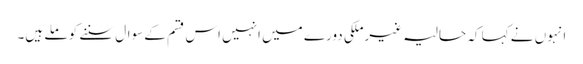
انہوں نے کہا کہ حالیہ غیرملکی دورے میں انہیں اس قسم کے سوال سننے کو ملے ہیں۔